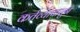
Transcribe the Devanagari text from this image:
कर्तव्यापासुन